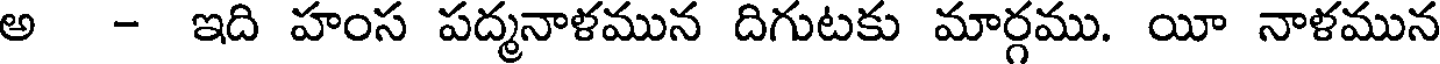
అ - ఇది హంస పద్మనాళమున దిగుటకు మార్గము. యీ నాళమున